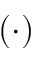
( \cdot )